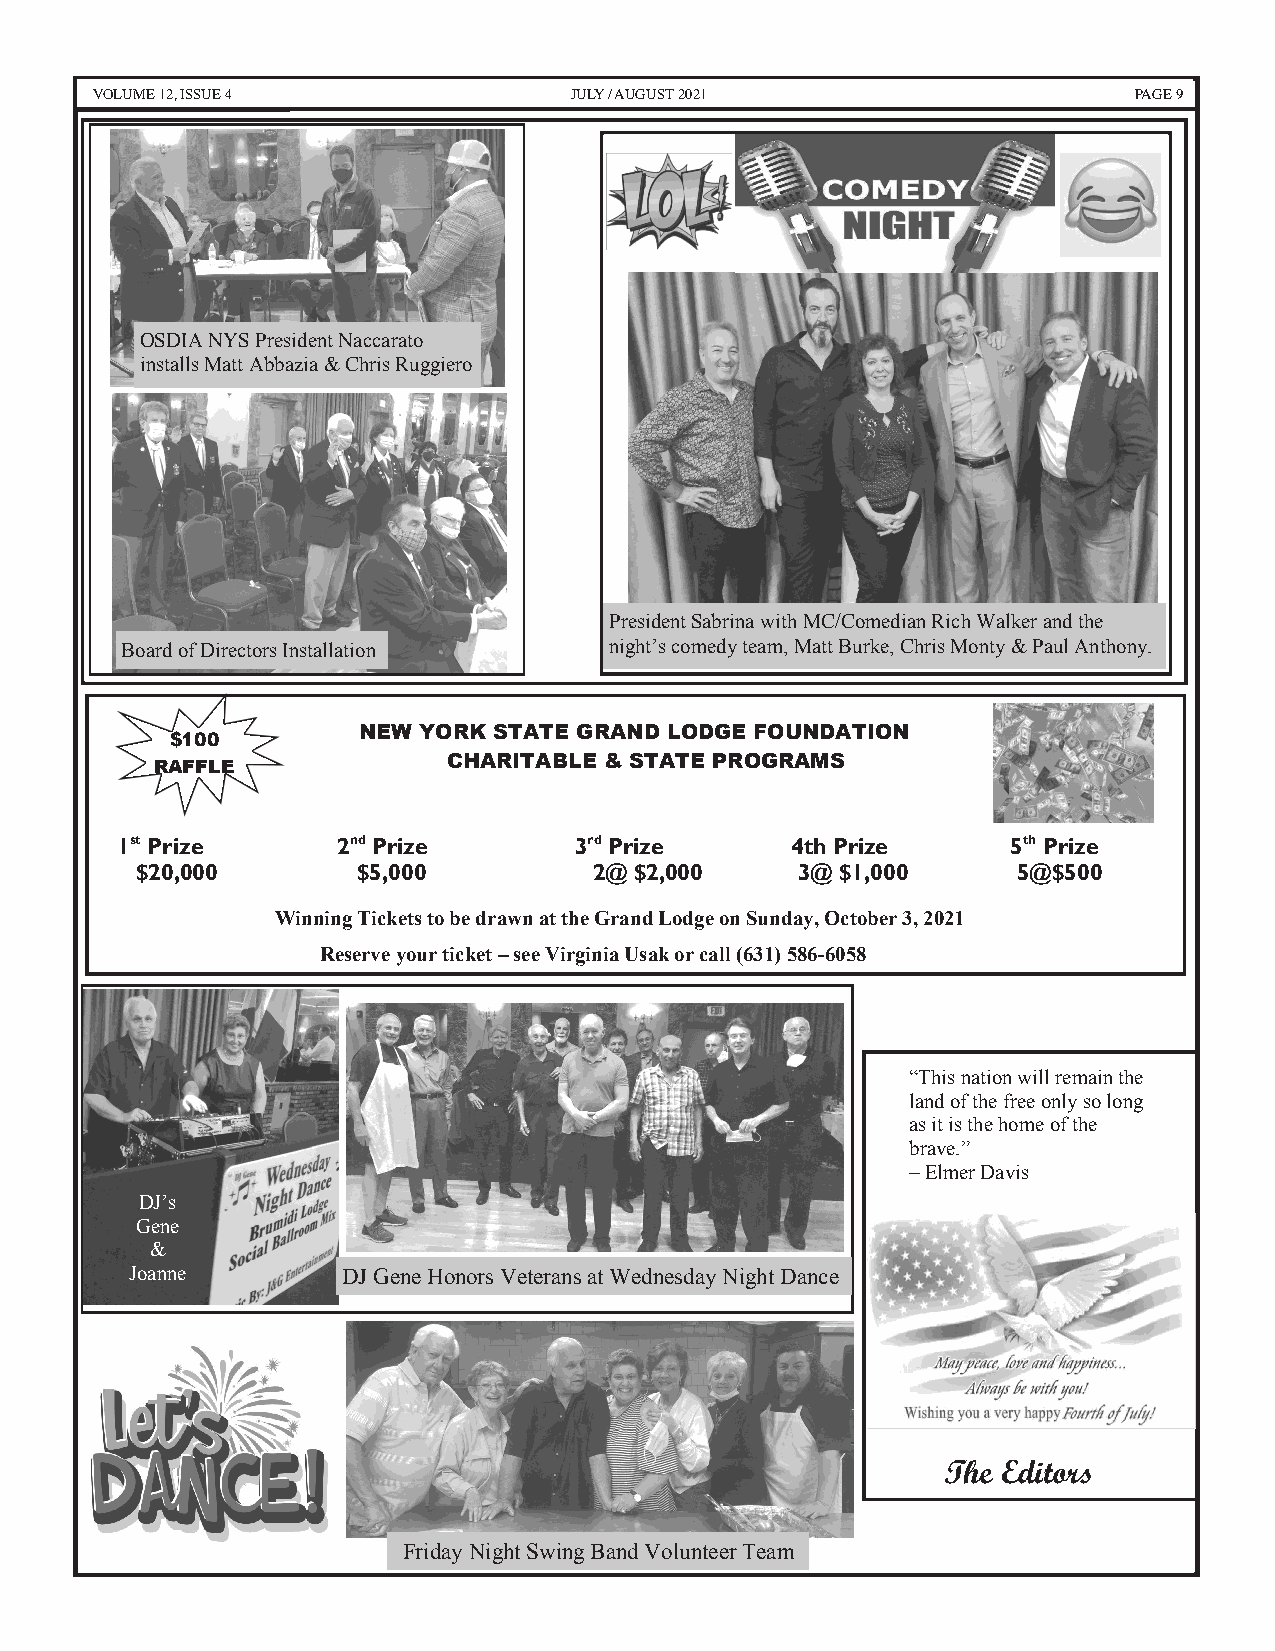
V9 OLUME 12, ISSUE 4            JJUULLYY // AAUUGGUUSSTT 22002211    PAGE 9
 OSDIA NYS President Naccarato
 installs Matt Abbazia & Chris Ruggiero
 President Sabrina with MC/Comedian Rich Walker and the
 Board of Directors Installation night’s comedy team, Matt Burke, Chris Monty & Paul Anthony.
 NEW YORK STATE GRAND LODGE FOUNDATION
 $100
 RAFFLE              CHARITABLE & STATE PROGRAMS
 1st Prize     2nd Prize       3rd Prize     4th Prize      5th Prize
 $20,000        $5,000         2@ $2,000     3@ $1,000     5@$500
 Winning Tickets to be drawn at the Grand Lodge on Sunday, October 3, 2021
 Reserve your ticket – see Virginia Usak or call (631) 586-6058
 “This nation will remain the
 land of the free only so long
 as it is the home of the
 brave.”
 – Elmer Davis
 DJ’s
 Gene
 &
 Joanne        DJ Gene Honors Veterans at Wednesday Night Dance
 The Editors
 Friday Night Swing Band Volunteer Team